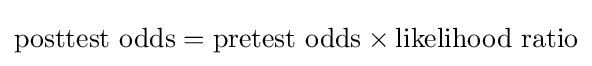
{\text{posttest odds}}={\text{pretest odds}}\times {\text{likelihood ratio}}